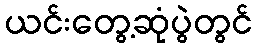
ယင်းတွေ့ဆုံပွဲတွင်